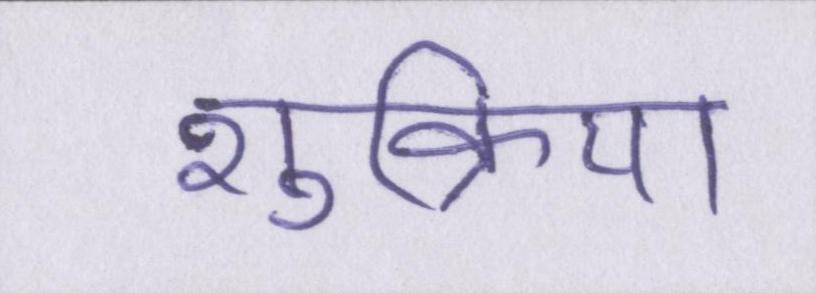
शुक्रिया